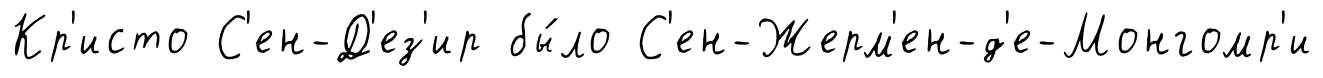
Кр'исто С'ен-Д'ез'ир бы́ло С'ен-Жерм'ен-д'е-Монгомр'и